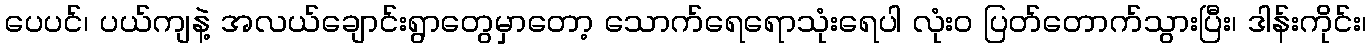
ပေပင်၊ ပယ်ကျနဲ့ အလယ်ချောင်းရွာတွေမှာတော့ သောက်ရေရောသုံးရေပါ လုံး၀ ပြတ်တောက်သွားပြီး၊ ဒါန်းကိုင်း၊